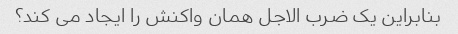
بنابراین یک ضرب الاجل همان واکنش را ایجاد می کند؟